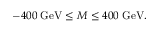
- 4 0 0 \; \mathrm { G e V } \le M \le 4 0 0 \; \mathrm { G e V } .